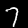
Digit: 7